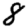
Digit: 8